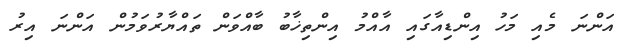
އަންނަ މެއި މަހު އިންޑިއާގައި އާއްމު އިންތިޚާބު ބާއްވަން ތައްޔާރުވަމުން އަންނަ އިރު